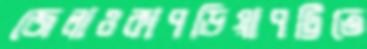
জেলাওকাপড়িয়াপট্টিতে